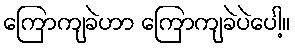
ကြောကျခဲဟာ ကြောကျခဲပဲပေါ့။